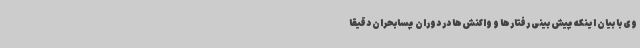
وی با بیان اینکه پیش بینی رفتارها و واکنش‌ها در دوران پسابحران دقیقاً